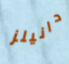
دانيلز